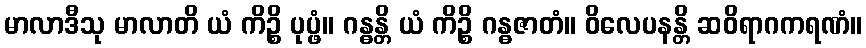
မာလာဒီသု မာလာတိ ယံ ကိဉ္စိ ပုပ္ဖံ။ ဂန္ဓန္တိ ယံ ကိဉ္စိ ဂန္ဓဇာတံ။ ဝိလေပနန္တိ ဆဝိရာဂကရဏံ။